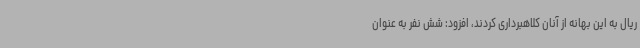
ریال به این بهانه از آنان کلاهبرداری کردند، افزود: شش نفر به عنوان